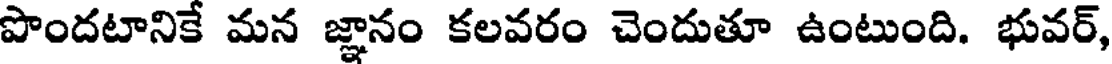
పొందటానికే మన జ్ఞానం కలవరం చెందుతూ ఉంటుంది. భువర్,